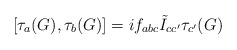
\begin{align*} \left[{ {\tau}_a (G)}, { {\tau}_b (G)}\right]= i {f}_{abc} \tilde{I}_{cc'} { \tau _{c'} (G)}\end{align*}